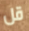
قل